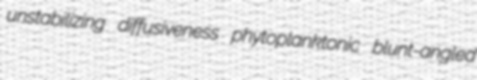
unstabilizing diffusiveness phytoplanktonic blunt-angled